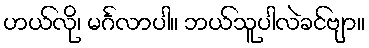
ဟယ်လို၊ မင်္ဂလာပါ။ ဘယ်သူပါလဲခင်ဗျာ။